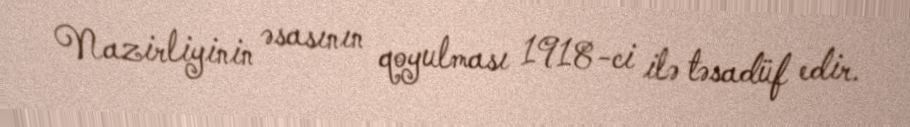
Nazirliyinin əsasının qoyulması 1918-ci ilə təsadüf edir.